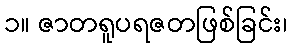
၁။ ဇာတရူပရဇတဖြစ်ခြင်း၊